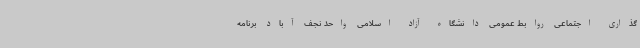
گذاری اجتماعی روابط عمومی دانشگاه آزاد اسلامی واحد نجف آباد برنامه